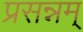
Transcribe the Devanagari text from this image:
प्रसन्नम्